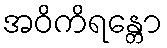
အဝိကိရန္တော